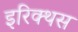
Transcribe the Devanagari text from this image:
इरिक्थस